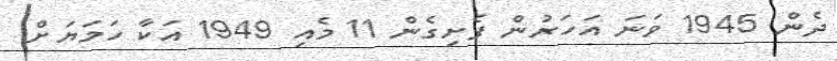
ދެން 1945 ވަނަ އަހަރުން ފެށިގެން 11 މެއި 1949 އަކާ ހަމަޔަށް